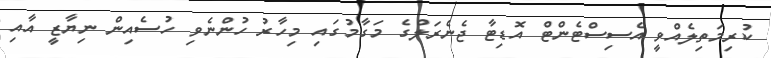
ކުރިމަތިލެއްވީ އެސިސްޓެންޓް އޮޑިޓާ ޖެނެރަލްގެ މަގާމުގައި މިހާރު ހުންނެވި ހުސެއިން ނިޔާޒީ އާއި